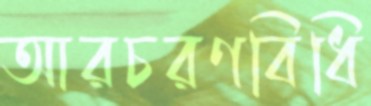
আরচরণবিধি